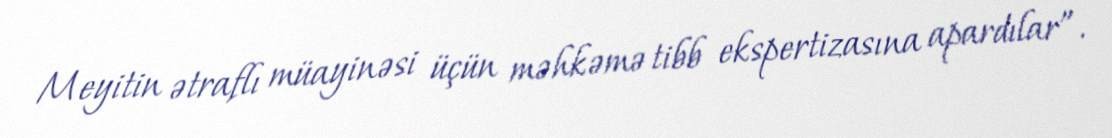
Meyitin ətraflı müayinəsi üçün məhkəmə tibb ekspertizasına apardılar”.